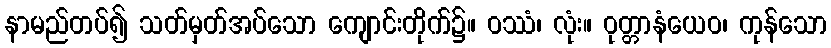
နာမည်တပ်၍ သတ်မှတ်အပ်သော ကျောင်းတိုက်၌။ ဝဿံ၊ လုံး။ ဝုတ္တာနံယေဝ၊ ကုန်သော